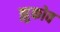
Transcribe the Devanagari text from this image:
झुकोव